Report of the Indian Hemp Drugs Commission, 1894-1895 - Volume III
Year: 1894
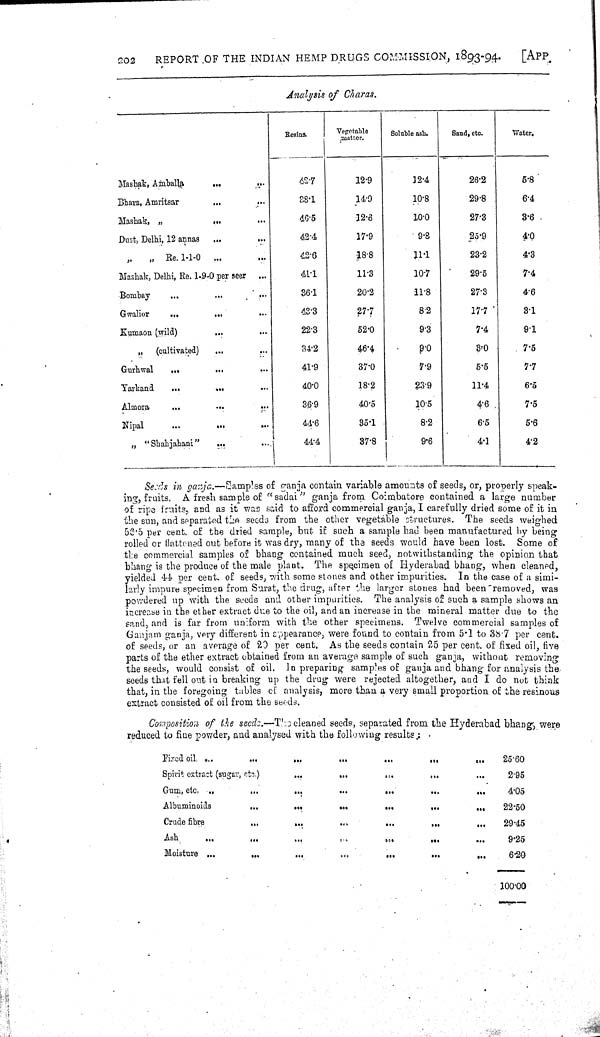
202
REPORT OF THE INDIAN HEMP DRUGS COMMISSION, 1893-94.
[APP
Analysis of Charas.
Resins.
Vegetable
matter.
Soluble ash.
Sand, etc.
Water.
Mashak, Amballa
48.7
12.9
12.4
26.2
6.8
Bhara, Amritsar
38.1
14.9
10.8
29.8
6.4
Mashak, "
46.5
12.6
10.0
27.3
3.6
Dust, Delhi 12 annas
42.4
17.9
9.8
25.9
4.0
" " Re. 1-1-0
42.6
18.8
11.1
23.2
4.3
Mashak, Delhi, Re.1-9-0 per seer
41.1
11.3
10.7
29.5
7.4
Bombay
36.1
20.2
11.8
27.3
4.6
Gwalior
43.3
27.7
8.2
17.7
3.1
Kumaon (wild)
22.3
52.0
9.3
7.4
9.1
"
(cultivated)
34.2
46.4
9.0
3.0
7.5
Gurhwal
41.9
37.0
7.9
5.5
7.7
Yarkaad
40.0
18.2
23:9
11.4
6.5
Almora
36.9
40.5
10.5
4.6
7.5
Nipal
44.6
35.1
8.2
6.5
5.6
" "Shahjahani"
44.4
87.8
9.6
4.1
4.2
Seeds in ganja.-Samples of ganja contain variable amounts of seeds, or, properly speak-
ing, fruits. A fresh sample of "sadai" ganja from Co:mbatore contained a large number
of ripe fruits, and as it was said to afford commercial ganja, I carefully dried some of it in
the sun, and separated the seed3 from the other vegetable structures. The seeds weighed
53.5 per cent, of the dried sample, but if such a sample had been manufactured by being
rolled or flattened out before it was dry, many of the seeds would have been lost. Some of
the commercial samples of bhang contained much seed, notwithstanding the opinion that
bhang is the produce of the male plant. The specimen of Hyderabad bhang, when cleaned,
yielded 44 per cent, of seeds, with some stones and other impurities. In the case of a simi-
larly impure specimen from Surat, the drug, after the larger stones had been "removed, was
powdered up with the seeds and other impurities. The analysis of such a sample shows an
increase in the ether extract due to the oil, and an increase in the mineral matter due to the
sand, and is far from uniform with the other specimens. Twelve commercial samples of
Ganjam ganja, very different in appearance, were found to contain from 5.1 to 38.7 per cent.
of seeds, or an average of 20 per cent. As the seeds contain 25 per cent. of fixed oil, five
parts of the ether extract obtained from an average sample of such ganja, without removing
the seeds, would consist of oil. In preparing samples of ganja and bhang for analysis the,
seeds that fell out in breaking up the drug were rejected altogether, and I do not think
that, in the foregoing tables of analysis, more than a very small proportion of the resinous
extract consisted of oil from the seeds.
Composition of the seeds.—The cleaned seeds, separated from the Hyderabad bhang were
reduced to fine powder, and analysed with the following results
Fixed oil
25.60
Spirit extract (sugar, etc.)
2.95
Gum,
etc.
4.05
Albuminoids
22.50
Crude fibre
29.45
Ash
9.25
Moisture
6.20
100.00